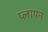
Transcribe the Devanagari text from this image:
प्लायन